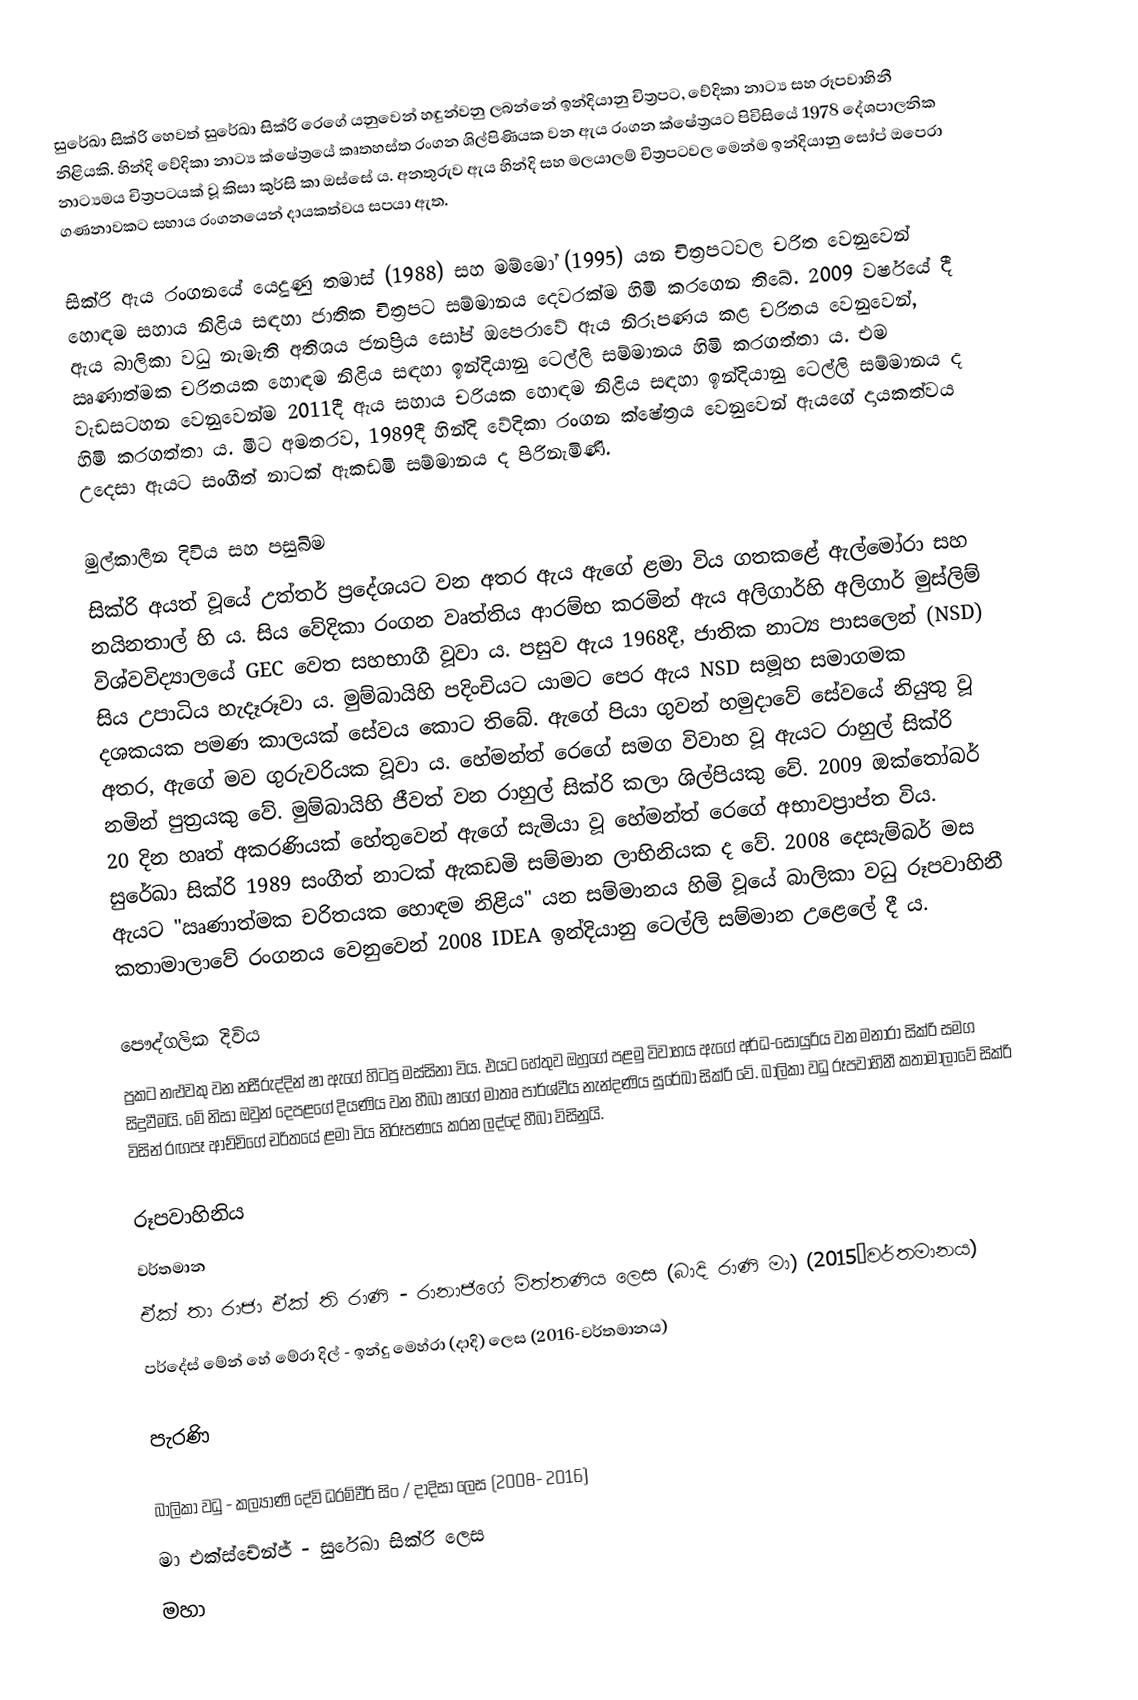
සුරේඛා සික්රි හෙවත් සුරේඛා සික්රි රෙගේ යනුවෙන් හඳුන්වනු ලබන්නේ ඉන්දියානු චිත්‍රපට, වේදිකා නාට්‍ය සහ රූපවාහිනී නිළියකි. හින්දි වේදිකා නාට්‍ය ක්ෂේත්‍රයේ කෘතහස්ත රංගන ශිල්පිණියක වන ඇය රංගන ක්ෂේත්‍රයට පිවිසියේ 1978 දේශපාලනික නාට්‍යමය චිත්‍රපටයක් වූ කිසා කුර්සි කා ඔස්සේ ය. අනතුරුව ඇය හින්දි සහ මලයාලම් චිත්‍රපටවල මෙන්ම ඉන්දියානු සෝප් ඔපෙරා ගණනාවකට සහාය රංගනයෙන් දායකත්වය සපයා ඇත.

සික්රි ඇය රංගනයේ යෙදුණු තමාස් (1988) සහ මම්මෝ (1995) යන චිත්‍රපටවල චරිත වෙනුවෙන් හොඳම සහාය නිළිය සඳහා ජාතික චිත්‍රපට සම්මානය දෙවරක්ම හිමි කරගෙන තිබේ. 2009 වර්ෂයේ දී ඇය බාලිකා වධු නැමැති අතිශය ජනප්‍රිය ‍සෝප් ඔපෙරාවේ ඇය නිරූපණය කළ චරිතය වෙනුවෙන්, ඍණාත්මක චරිතයක හොඳම නිළිය සඳහා ඉන්දියානු ටෙල්ලි සම්මානය හිමි කරගත්තා ය‍. එම වැඩසටහන වෙනුවෙන්ම 2011දී ඇය සහාය චරියක හොඳම නිළිය සඳහා ඉන්දියානු ටෙල්ලි සම්මානය ද හිමි කරගත්තා ය. මීට අමතරව, 1989දී හින්දි වේදිකා රංගන ක්ෂේත්‍රය වෙනුවෙන් ඇයගේ දායකත්වය උදෙසා ඇයට සංගීත් නාටක් ඇකඩමි සම්මානය ද පිරිනැමිණි.

මුල්කාලීන දිවිය සහ පසුබිම
සික්රි අයත් වූයේ උත්තර් ප්‍රදේශයට වන අතර ඇය ඇගේ ළමා විය ගත‍කළේ ඇල්මෝරා සහ නයිනතාල් හි ය. සිය වේදිකා රංගන වෘත්තිය ආරම්භ කරමින් ඇය අලිගාර්හි අලිගාර් මුස්ලිම් විශ්වවිද්‍යාලයේ GEC වෙත සහභාගී වූවා ය. පසුව ඇය 1968දී, ජාතික නාට්‍ය පාසලෙන් (NSD) සිය උපාධිය හැදෑරූවා ය. මුම්බායිහි පදිංචියට යාමට පෙර ඇය NSD සමූහ සමාගමක දශකයක පමණ කාලයක් සේවය කොට තිබේ. ඇගේ පියා ගුවන් හමුදාවේ සේවයේ නියුතු වූ අතර, ඇ‍ගේ මව ගුරුවරියක වූවා ය. හේමන්ත් රෙගේ සමග විවාහ වූ ඇයට රාහුල් සික්රි නමින් පුත්‍රයකු වේ. මුම්බායිහි ජීවත් වන රාහුල් සික්රි කලා ශිල්පියකු වේ. 2009 ඔක්තෝබර් 20 දින හෘත් අකරණියක් හේතුවෙන් ඇගේ සැමියා වූ හේමන්ත් රෙගේ අභාවප්‍රාප්ත විය. සුරේඛා සික්රි 1989 සංගීත් නාටක් ඇකඩමි සම්මාන ලාභිනියක ද වේ. 2008 දෙසැම්බර් මස ඇයට "ඍණාත්මක චරිතයක හොඳම නිළිය" යන සම්මානය හිමි වූයේ බාලිකා වධු රූපවාහිනී කතාමාලාවේ රංගනය වෙනුවෙන් 2008 IDEA ඉන්දියානු ටෙල්ලි සම්මාන උළෙලේ දී ය.

පෞද්ගලික දිවිය
ප්‍රකට නළුවකු වන නසීරුද්දින් ෂා ඇගේ හිටපු මස්සිනා විය. එයට හේතුව ඔහුගේ පළමු විවාහය ඇගේ අර්ධ-සොයුරිය වන මනාරා සික්රි සමග සිදුවීමයි. මේ නිසා ඔවුන් දෙපළගේ දියණිය වන හීබා ෂාගේ මාතෘ පාර්ශ්වීය නැන්දණිය සුරේඛා සික්රි වේ. බාලිකා වධු රූපවාහිනී කතාමාලාවේ සික්රි විසින් රඟපෑ ආච්චිගේ චරිත‍යේ ළමා විය නිරූපණය කරන ලද්දේ හීබා විසිනුයි.

රූපවාහිනිය
වර්තමාන
ඒක් තා රාජා ඒක් ති රාණි - රානාජිගේ මිත්තණිය ලෙස (බාදි රාණි මා) (2015–වර්තමානය)
පර්දේස් මේන් හේ මේරා දිල් - ඉන්දු මෙහ්රා (දාදි) ලෙස (2016-වර්තමානය)

පැරණි

බාලිකා වධු - කල්‍යාණි දේවි ධරම්වීර් සිං / දාදිසා ලෙස (2008- 2016)
මා එක්ස්චේන්ජ් - සුරේඛා සික්රි ලෙස
මහා